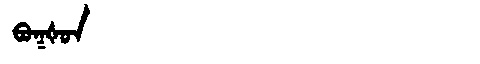
Manchu: ᠪᠣᡴᡧᠣᠨ
Romanization: BOKŠON